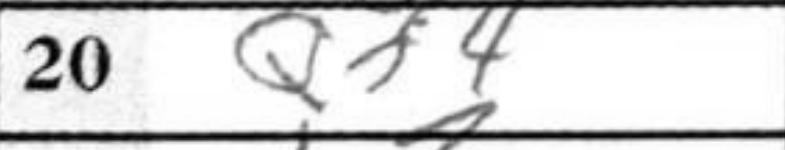
Transcription: Qf4